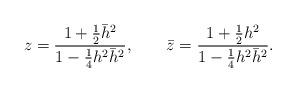
LaTeX: \begin{align*}z = { 1 + {1\over 2} \bar{h}^2 \over 1- {1\over 4} h^2 \bar{h}^2} ,\qquad\bar{z} = { 1 + {1\over 2}h^2 \over 1- {1\over 4} h^2 \bar{h}^2} .\end{align*}